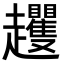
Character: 𧾵